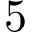
5